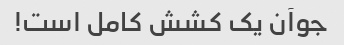
جوآن یک کشش کامل است!